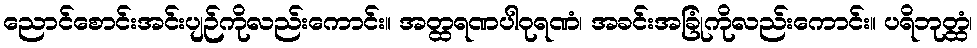
ညောင်စောင်းအင်းပျဉ်ကိုလည်းကောင်း။ အတ္ထရဏပါဝုရဏံ၊ အခင်းအခြုံကိုလည်းကောင်း။ ပရိဘုတ္ထံ၊